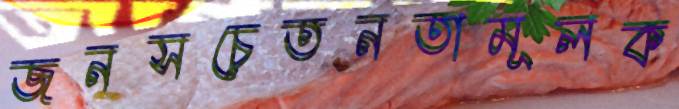
জনসচেতনতামূলক